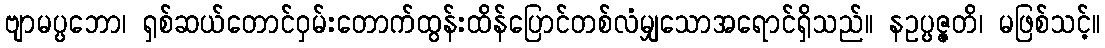
ဗျာမပ္ပဘော၊ ရှစ်ဆယ်တောင်ဝှမ်းတောက်ထွန်းထိန်ပြောင်တစ်လံမျှသောအရောင်ရှိသည်။ နဥပ္ပဇ္ဇတိ၊ မဖြစ်သင့်။